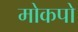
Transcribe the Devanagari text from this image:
मोकपो